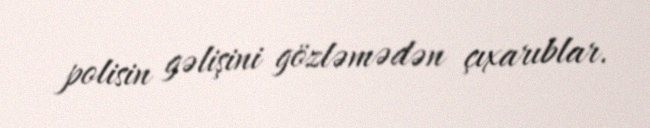
polisin gəlişini gözləmədən çıxarıblar.